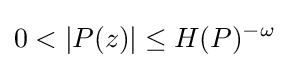
0<|P(z)|\leq H(P)^{-\omega }